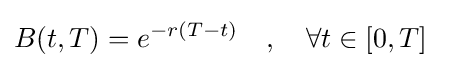
B(t,T)=e^{-r(T-t)}~~~,~~~\forall t\in [0,T]~